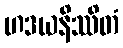
ဟဒယနိဿိတံ